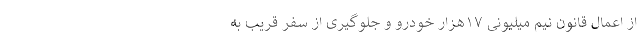
از اعمال قانون نیم میلیونی ۱۷هزار خودرو و جلوگیری از سفر قریب به